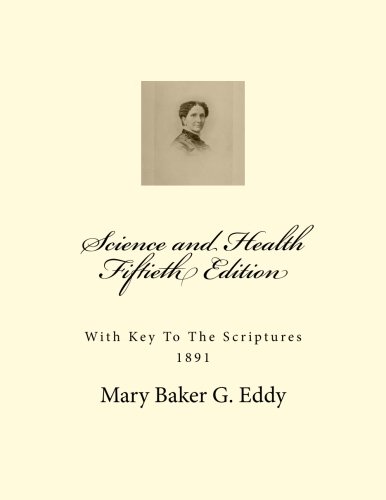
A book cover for Science and Health Fiftieth Edition; Mary Baker G. Eddy; Christian Books & Bibles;